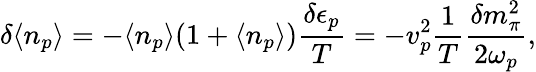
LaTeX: \delta\langle{n_{p}}\rangle=-\langle{n_{p}}\rangle(1+\langle{n_{p}}\rangle){\frac{\delta\epsilon_{p}}{T}}=-{v}_{p}^{2}{\frac{1}{T}}{\frac{\delta m_{\pi}^{2}}{2\omega_{p}}},